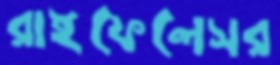
রাইফেলেসর